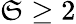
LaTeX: \mathfrak{S}\geq2